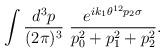
LaTeX: \begin{align*}\int \frac{d^3 p}{(2 \pi)^3}~ \frac{e^{i k_1 \theta^{12} p_2 \sigma}}{p_0^2 + p_1^2 + p_2^2}.\end{align*}